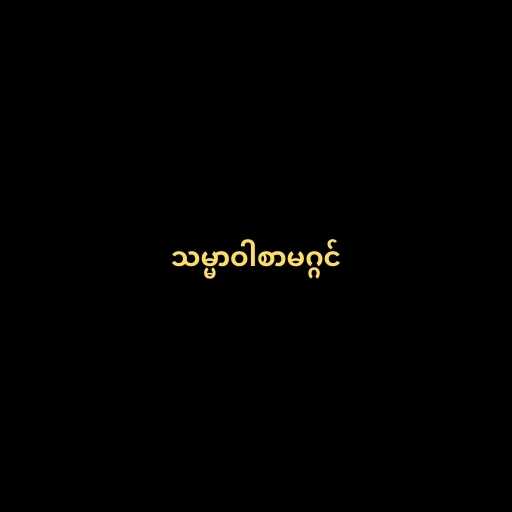
သမ္မာဝါစာမဂ္ဂင်